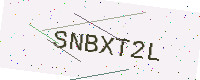
Text: SNBXT2L